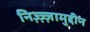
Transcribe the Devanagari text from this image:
निज़्ज़्ज़ामुद्दीन